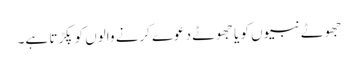
جھوٹے نبیوں کو یا جھوٹے دعوے کرنے والوں کو پکڑتا ہے۔